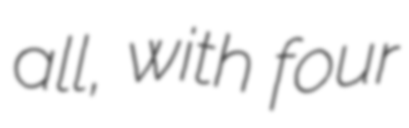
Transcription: all, with four